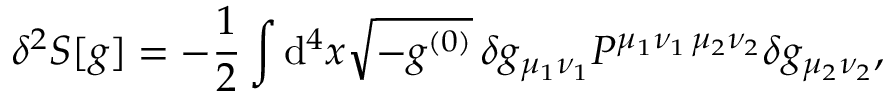
\delta ^ { 2 } S [ g ] = - \frac 1 2 \int \mathrm { d } ^ { 4 } x \sqrt { - g ^ { ( 0 ) } } \, \delta g _ { \mu _ { 1 } \nu _ { 1 } } P ^ { \mu _ { 1 } \nu _ { 1 } \, \mu _ { 2 } \nu _ { 2 } } \delta g _ { \mu _ { 2 } \nu _ { 2 } } ,